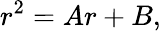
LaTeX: r^{2}=Ar+B,